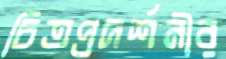
চিত্রপ্রদর্শনীর